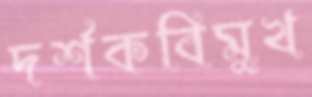
দর্শকবিমুখ